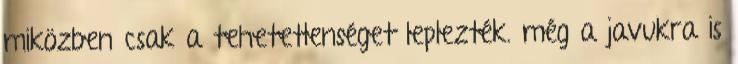
miközben csak a tehetetlenséget leplezték. még a javukra is